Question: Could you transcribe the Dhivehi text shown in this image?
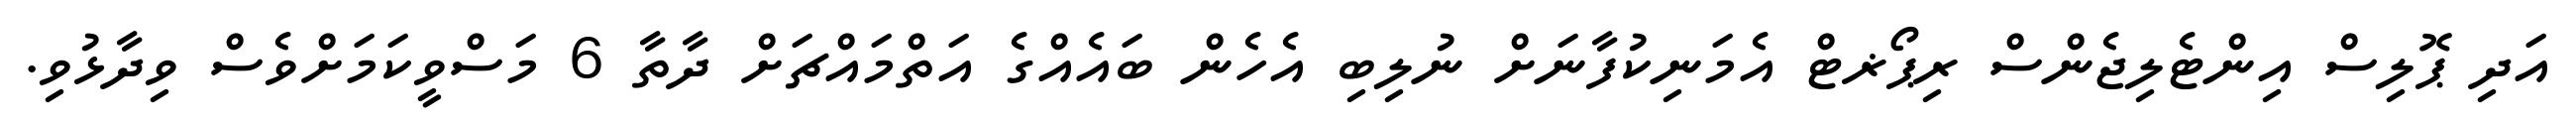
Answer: އަދި ޕޮލިސް އިންޓެލިޖެންސް ރިޕޯޜޓް އެމަނިކުފާނަށް ނުލިބި އެހެން ބައެއްގެ އަތްމައްޗަށް ދާތާ 6 މަސްވީކަމަށްވެސް ވިދާޅުވި.